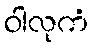
ဝါလုကံ